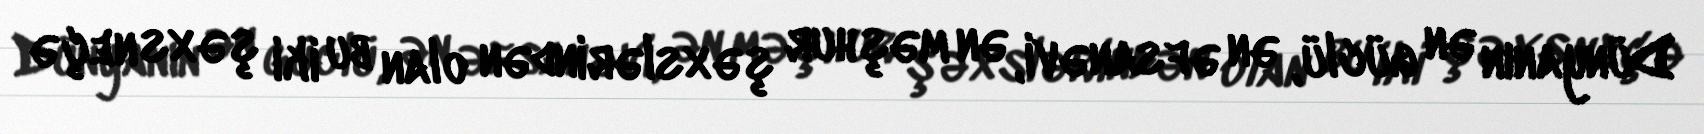
Dünyanın ən güclü, ən əfsanəvi, ən məşhur şəxslərindən olan bu iki şəxs neçə